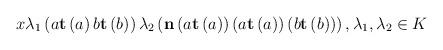
LaTeX: \begin{align*}x\lambda _{1}\left( a\mathbf{t}\left( a\right) b\mathbf{t}\left( b\right) \right) \lambda _{2}\left( \mathbf{n}\left( a\mathbf{t}\left( a\right) \right) \left( a\mathbf{t}\left( a\right) \right) \left( b\mathbf{t}\left( b\right)\right) \right) ,\lambda _{1},\lambda _{2}\in K \end{align*}